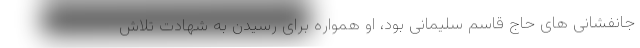
جانفشانی های حاج قاسم سلیمانی بود، او همواره برای رسیدن به شهادت تلاش